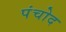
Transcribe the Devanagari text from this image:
पंचोद